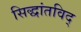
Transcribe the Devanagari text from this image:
सिद्धांतविद्